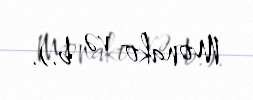
Monako və b.).